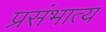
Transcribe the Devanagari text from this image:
प्रसंभात्य